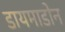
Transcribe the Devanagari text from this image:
डायमाडोन